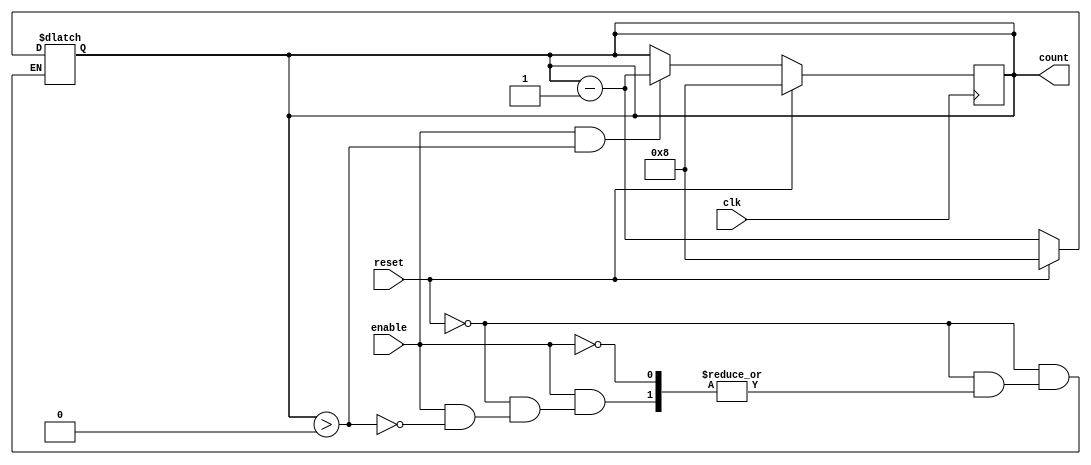
module down_counter (
    input wire clk,          // Clock signal
    input wire enable,       // Enable signal
    input wire reset,        // Asynchronous reset signal
    output reg [N-1:0] count // Current count value
);
    parameter N = 8; // Specify the maximum value (bit-width can be adjusted)

    // Asynchronous reset logic
    always @* begin
        if (reset) begin
            count = N; // Set count to maximum value on reset
        end else if (enable) begin
            if (count > 0) begin
                count = count - 1; // Decrement count
            end
        end
    end

    // Synchronous logic for counting
    always @(posedge clk) begin
        if (!reset) begin
            // Only update count on clock edge if not reset
            if (enable && count > 0) begin
                count <= count - 1; // Decrement count
            end
        end else begin
            count <= N; // Reset count to maximum value
        end
    end

endmodule